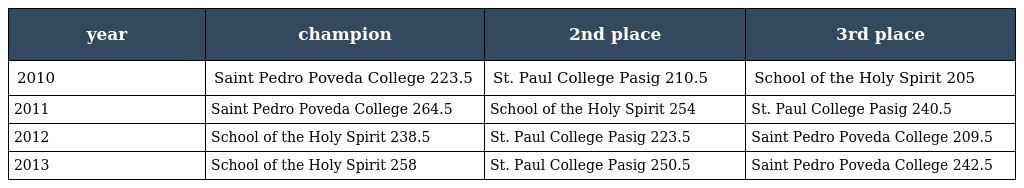
| year | champion | 2nd place | 3rd place |
 | --- | --- | --- | --- |
 | 2010 | Saint Pedro Poveda College 223.5 | St. Paul College Pasig 210.5 | School of the Holy Spirit 205 |
 | 2011 | Saint Pedro Poveda College 264.5 | School of the Holy Spirit 254 | St. Paul College Pasig 240.5 |
 | 2012 | School of the Holy Spirit 238.5 | St. Paul College Pasig 223.5 | Saint Pedro Poveda College 209.5 |
 | 2013 | School of the Holy Spirit 258 | St. Paul College Pasig 250.5 | Saint Pedro Poveda College 242.5 |